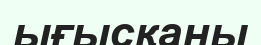
ығысқаны